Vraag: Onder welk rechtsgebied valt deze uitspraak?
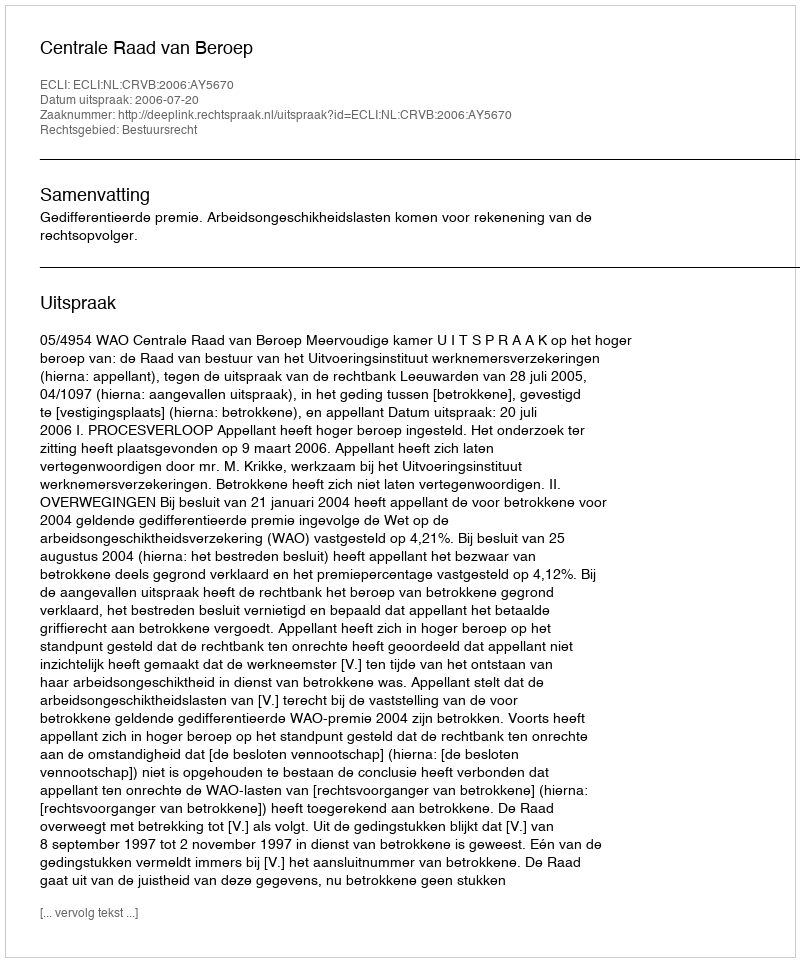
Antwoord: Bestuursrecht